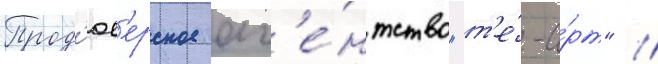
Прод'юс'ерское аг'е́нтство "т'е́-а́рт" //